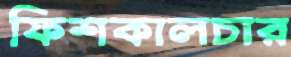
ফিশকালচার